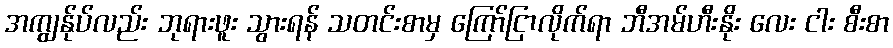
အကျွန်ုပ်လည်း ဘုရားဖူး သွားရန် သတင်းစာမှ ကြော်ငြာလိုက်ရာ ဘီအမ်ဟီးနိုး လေး ငါး စီးစာ